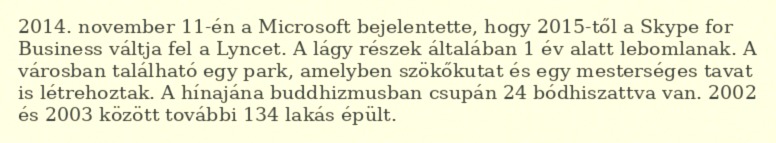
2014. november 11-én a Microsoft bejelentette, hogy 2015-től a Skype for Business váltja fel a Lyncet. A lágy részek általában 1 év alatt lebomlanak. A városban található egy park, amelyben szökőkutat és egy mesterséges tavat is létrehoztak. A hínajána buddhizmusban csupán 24 bódhiszattva van. 2002 és 2003 között további 134 lakás épült.